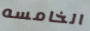
الخامسه